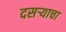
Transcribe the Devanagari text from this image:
दसऱ्याचा